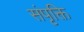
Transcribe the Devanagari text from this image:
संपृक्ति